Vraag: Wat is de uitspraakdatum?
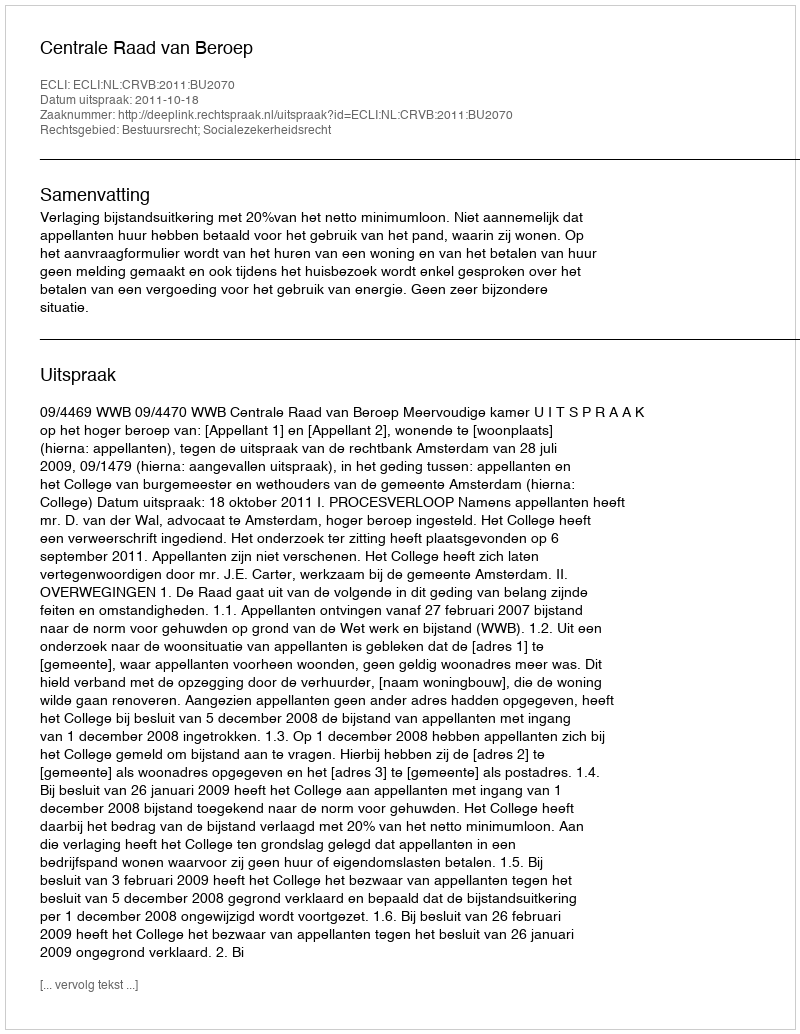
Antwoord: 2011-10-18